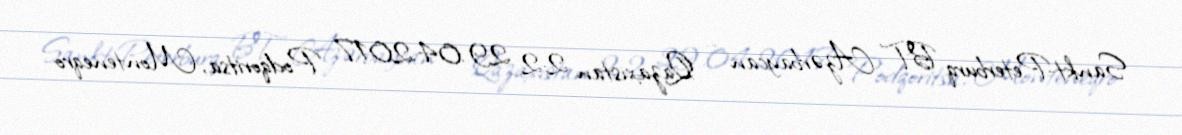
Sankt-Peterburq BT Azərbaycan – Qazaxıstan 2:2 29.04.2017 Podqoritsa, Monteneqro